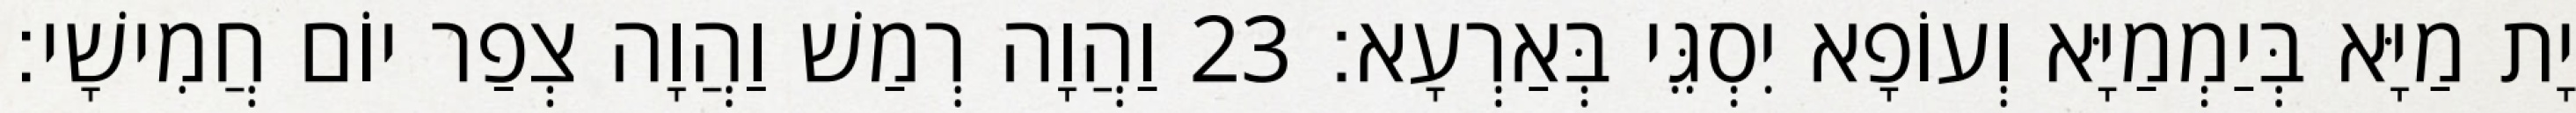
יָת מַיָּא בְּיַמְמַיָּא וְעוֹפָא יִסְגֵּי בְּאַרְעָא׃ 23 וַהֲוָה רְמַשׁ וַהֲוָה צְפַר יוֹם חֲמִישָׁי׃